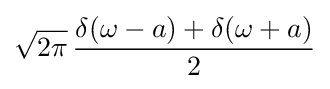
{\sqrt {2\pi }}\,{\frac {\delta (\omega -a)+\delta (\omega +a)}{2}}